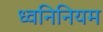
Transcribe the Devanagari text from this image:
ध्वनिनियम